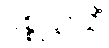
ပစ္စုဋ္ဌာသိံ